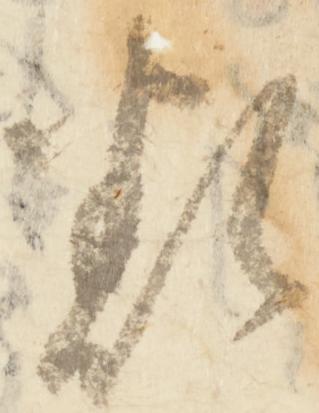
類